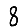
Digit: 8